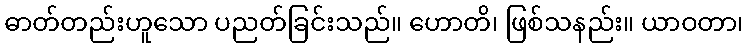
ဓာတ်တည်းဟူသော ပညတ်ခြင်းသည်။ ဟောတိ၊ ဖြစ်သနည်း။ ယာဝတာ၊